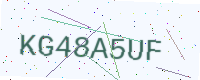
Text: KG48A5UF